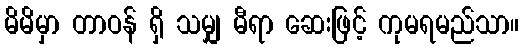
မိမိမှာ တာဝန် ရှိ သမျှ မီရာ ဆေးဖြင့် ကုမရမည်သာ။